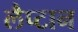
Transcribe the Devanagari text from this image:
लैप्टान